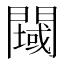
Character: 𲈲